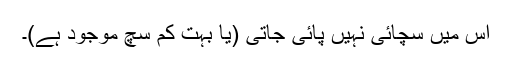
اِس میں سچائی نہیں پائی جاتی (یا بہت کم سچ موجود ہے)۔